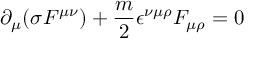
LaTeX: \partial _ { \mu } ( \sigma F ^ { \mu \nu } ) + \frac { m } { 2 } \epsilon ^ { \nu \mu \rho } F _ { \mu \rho } = 0